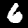
Digit: 6